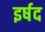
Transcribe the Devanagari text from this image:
इर्षद